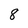
Character: 8